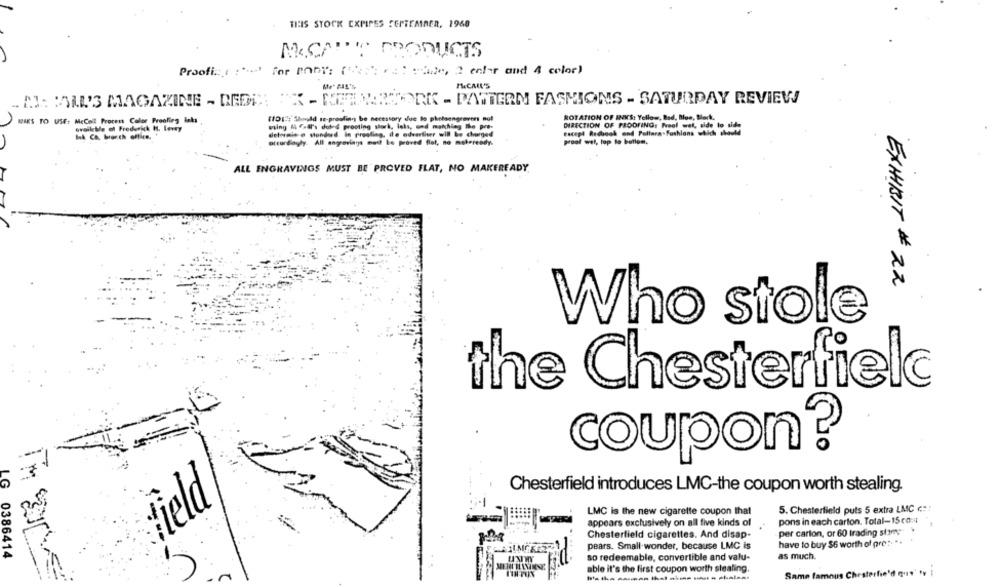
THIS STOCK EXPIPES SEPTEMBER, 1968
MICAR'S PRODUCTS
Proofi :: ( :". for PODy: ( -: 2: r . : : hadde, 2 entar and 4 color)
MeCALL'S
.. MI: CALL'S MAGAZINE - DEDE IX - NETWORK - PATTERN FASHIONS - SATURDAY REVIEW
(1017: Should se-proofing be necessary due to pholsangrevers not
ROTATION OF INKS: Yellow, Red, Blue, Berk.
RIKS TO USE: MeCell Procent Color Proofing laks
ovoiletle ol Frederick H. Levy
wiing & f.al's dotes prooting stork, laks, und matching the pre-
DIRECTION OF PROOFING: Preel wel, side to side
detoumio o stonderd in proofing, ile advertiser will be charged
escent Redbook and Follara-Fashions which should
Ik Ca. branch office, +
proal wel, top to bottom.
otcordagly. All engrovias moit be proved flot, no mekeready.
ALL ENGRAVINGS MUST BE PROVED FLAT, NO MAKEREADY.
EXHIBIT # 22
Who stole
the Chesterfield
--
coupon?
₹
Chesterfield introduces LMC-the coupon worth stealing.
LG
field
5. Chesterfield puts 5 extra LMC ¢: :
LMC is the new cigarette coupon that
appears exclusively on all five kinds of
pons in each carton. Total-15 co:4
per carton, or 60 trading stim;
Chesterfield cigarettes. And disap-
Ci
pears. Small wonder, because LMC is
have to buy $6 worth of pre :- **
0386414
so redeemable, convertible and valu-
as much.
able it's the first coupon worth stealing.
Same famous Chesterfie'd quis' ty